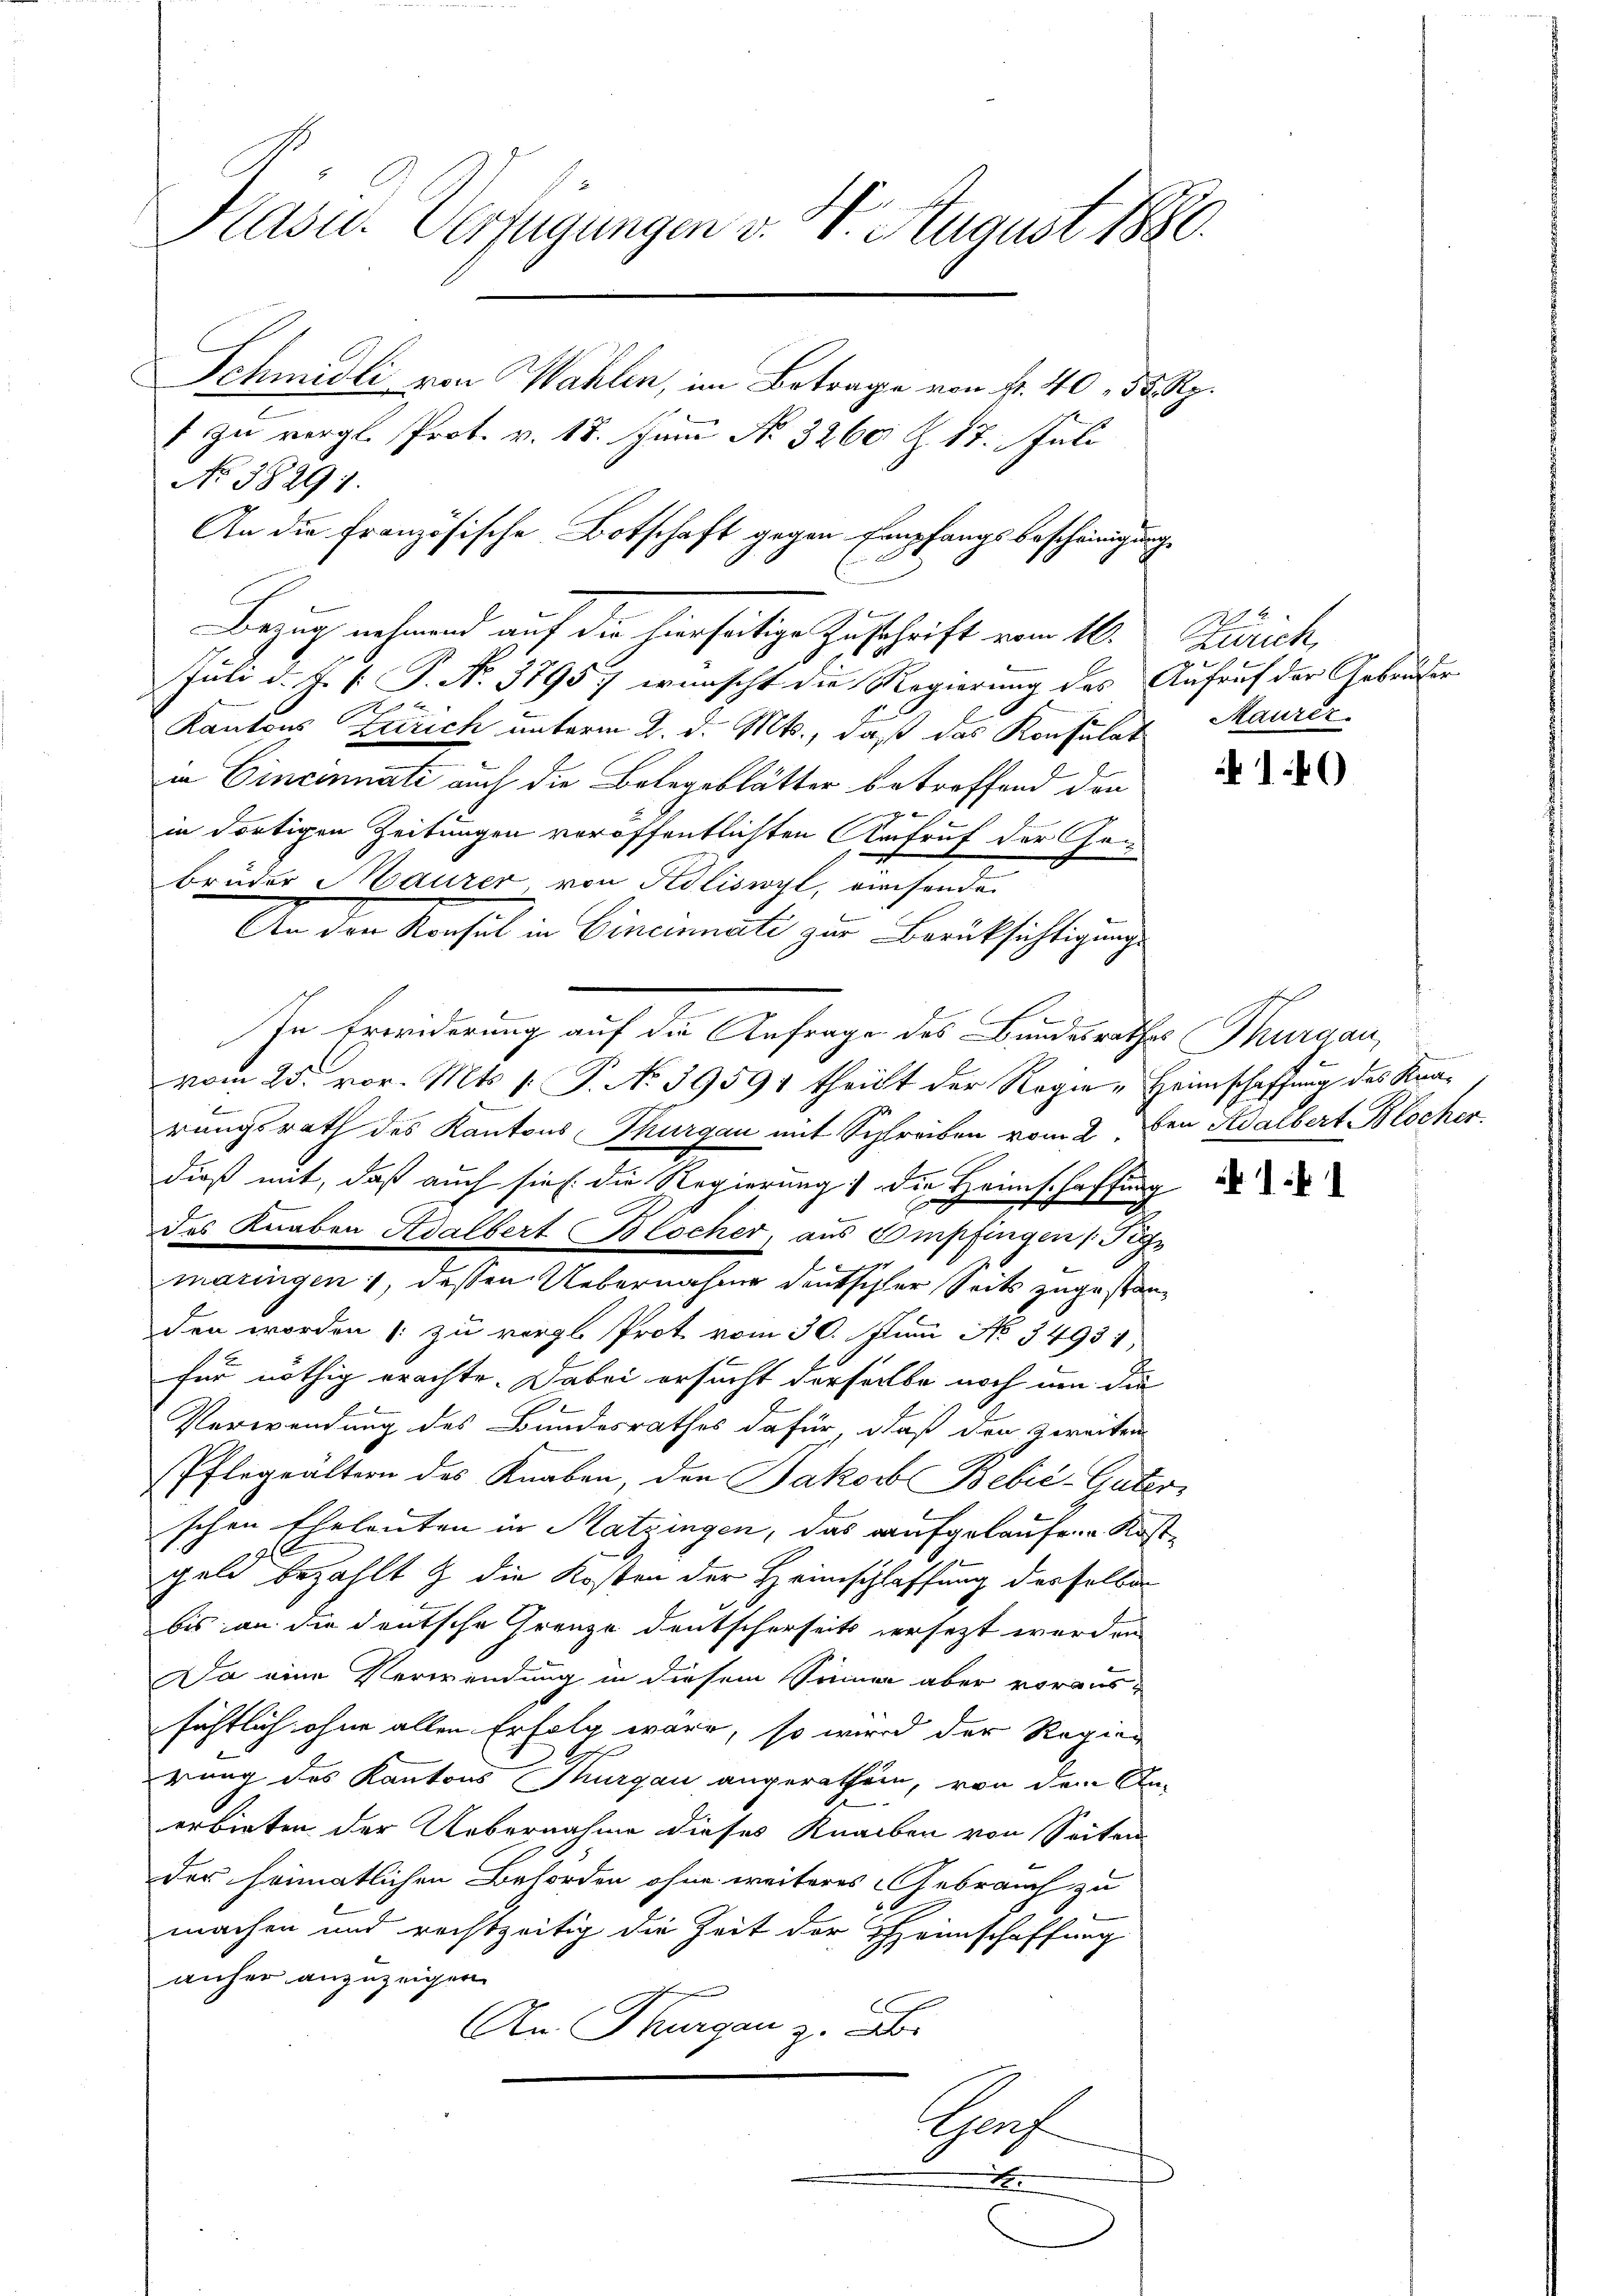
Hasu. Verfügungen v. 4. August 1880.
Schmidli von Wahlen, im Betrage von fr. 40, 33 Rp.
1 zu vergl. Prot. v. 18. Juni No 3260 Z. 17. Juli
No 38291.
An die Französische Botschaft gegen Empfangsbescheinigung

Juli d. J. P. P. Nr. 3795) wünscht die Regierung des Aufruf der Gebrüder
1 f 0 x
Kantons Zürich unterm 2. d. Mts., daß das Konsulat
in Cincinnati auch die Belegeblätter betreffend den
in dortigen Zeitungen veröffentlichten Aufruf der Gen
Brüder Maurer von Adliswyl, riechende
An den Konsul in Cincinati zur Berücksichtigung
C
In Erwiderung auf die Anfrage des Bundesrathes Thurgau,
vom 25. vor. Mts [ P. No 39591 theilt der Regie-Heimschaffung des Strarungsrath des Kantons Thurgau mit Schreiben vom 2. Den Adalbert Blocher,
dieß mit, daß auch sie die Regierung die Heimschaffung
.
des Knaben Adalbert Blocher, aus Empfingen (Fig
maringen, dessen Uebernahme deutscher Seits zugestanden worden zu vergl. Prot vom 30. Juni No 34931,
für nöthig erachte. Dabei ersucht derselbe noch um die
Verwendung des Bundesrathes dafür, daß den Zweiten
Pflegeältern des Knaben, den Jakob Bebié-Güter-
schen Eheleuten in Matzingen, das aufgelaufene Kostgeld bezahlt & die Kosten der Heimschlaffung derselben
bis an die deutsche Grenze deutscherseits versetzt werden
Da eine Verwendung in diesem Sinnern aber voraussichtlich ohne allen Erfolg wäre, so wird der Regier
rung des Kantons Thurgau angerathen, von dem An-
erbieten der Uebernahme dieses Knaben von Seiten
der heimatlichen Behörden ohne weiteres Gebrauch zu
machen und rechtzeitig die Zeit der Heimschaffung
anher anzuzeigen
An Thurgau z. B.
Graf
x

Bezug nehmend auf die hierseitige Zuschrift vom 16. Zürich,

Maurer.

140

1